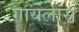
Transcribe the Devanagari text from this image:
गायलांस